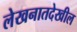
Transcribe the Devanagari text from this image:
लेखनातदेखील